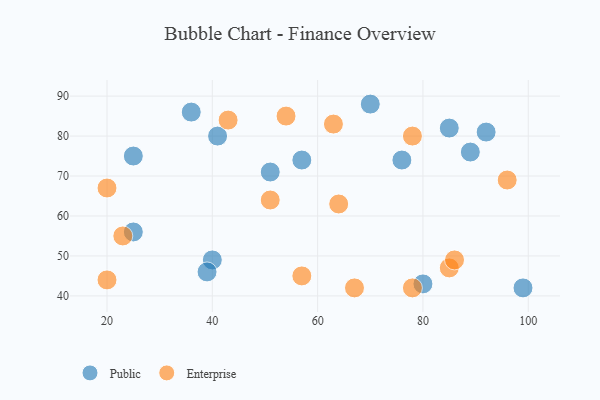
{"axis": {"x": "GDP", "y": "Life Expectancy"}, "legend": ["Enterprise", "Public"], "data": [{"x": "80", "y": 43, "type": "Public"}, {"x": "51", "y": 71, "type": "Public"}, {"x": "25", "y": 56, "type": "Public"}, {"x": "70", "y": 88, "type": "Public"}, {"x": "40", "y": 49, "type": "Public"}, {"x": "76", "y": 74, "type": "Public"}, {"x": "36", "y": 86, "type": "Public"}, {"x": "57", "y": 74, "type": "Public"}, {"x": "92", "y": 81, "type": "Public"}, {"x": "85", "y": 82, "type": "Public"}, {"x": "99", "y": 42, "type": "Public"}, {"x": "39", "y": 46, "type": "Public"}, {"x": "41", "y": 80, "type": "Public"}, {"x": "25", "y": 75, "type": "Public"}, {"x": "89", "y": 76, "type": "Public"}, {"x": "64", "y": 63, "type": "Enterprise"}, {"x": "43", "y": 84, "type": "Enterprise"}, {"x": "54", "y": 85, "type": "Enterprise"}, {"x": "85", "y": 47, "type": "Enterprise"}, {"x": "57", "y": 45, "type": "Enterprise"}, {"x": "78", "y": 80, "type": "Enterprise"}, {"x": "96", "y": 69, "type": "Enterprise"}, {"x": "20", "y": 67, "type": "Enterprise"}, {"x": "20", "y": 44, "type": "Enterprise"}, {"x": "63", "y": 83, "type": "Enterprise"}, {"x": "51", "y": 64, "type": "Enterprise"}, {"x": "67", "y": 42, "type": "Enterprise"}, {"x": "86", "y": 49, "type": "Enterprise"}, {"x": "78", "y": 42, "type": "Enterprise"}, {"x": "23", "y": 55, "type": "Enterprise"}]}